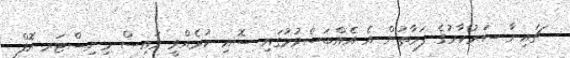
ޗައިނާ ސަރުކާރުގެ ފަރާތުން އެ އެއްބަސްވުމުގައި ސޮއި ކުރެއްވީ ވައިސް މިނިސްޓަރ އޮފް